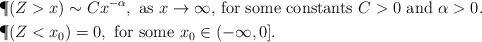
LaTeX: \begin{align*}& \P(Z > x) \sim C x^{-\alpha}, \mbox{ as $x \rightarrow \infty$, for some constants $C > 0$ and $\alpha > 0$}. \\& \P(Z < x_0) = 0, \mbox{ for some $x_0 \in (-\infty,0]$}.\end{align*}